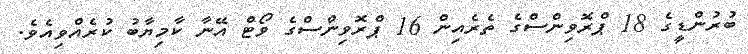
ބުރުންޑީގެ 18 ޕްރޮވިންސްގެ ތެރެއިން 16 ޕްރޮވިންސްގެ ވޯޓް އޭނާ ކާމިޔާބު ކުރެއްވިއެވެ.